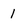
Character: 1